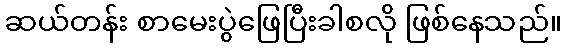
ဆယ်တန်း စာမေးပွဲဖြေပြီးခါစလို ဖြစ်နေသည်။